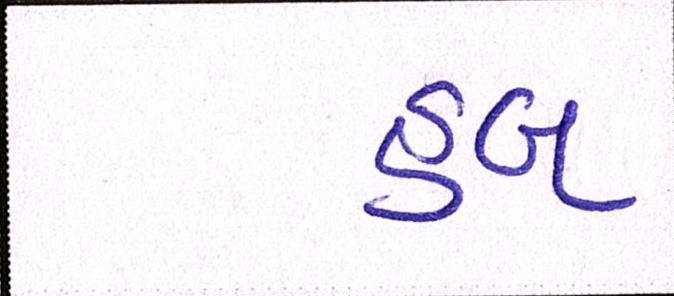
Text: હબ